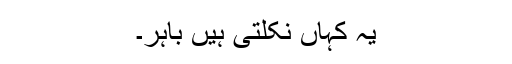
یہ کہاں نکلتی ہیں باہر۔